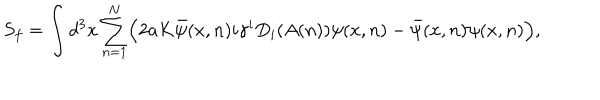
S _ { f } = \int d ^ { 3 } x \sum _ { n = 1 } ^ { N } \Bigl ( 2 a K \bar { \psi } ( x , n ) i \gamma ^ { i } D _ { i } ( A ( n ) ) \psi ( x , n ) - \bar { \psi } ( x , n ) \psi ( x , n ) \Bigr ) ,